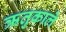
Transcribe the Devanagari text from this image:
ऋतुकाले